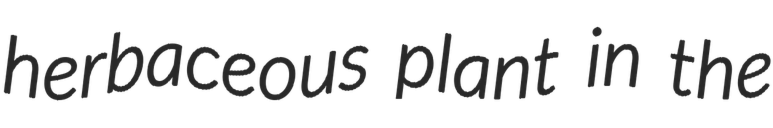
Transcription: herbaceous plant in the